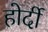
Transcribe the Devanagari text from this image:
होर्दी